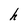
Character: h